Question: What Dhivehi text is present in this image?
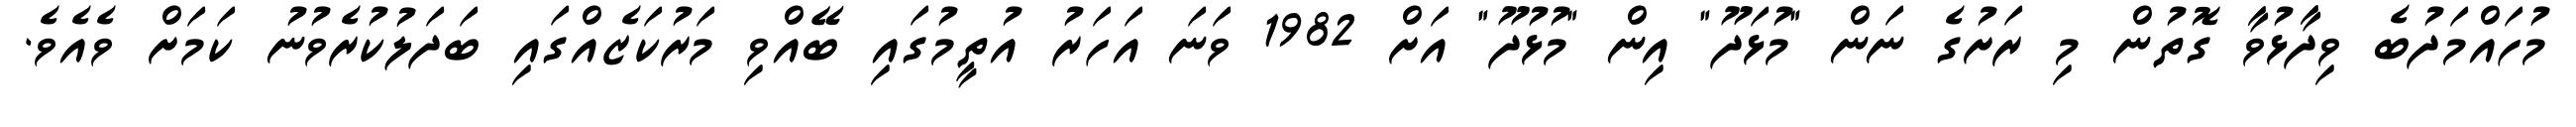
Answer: މުހައްމަދުބެ ވިދާޅުވާ ގޮތުން މި ރަށުގެ ނަން "މުޅަދޫ" އިން "މުޅުދޫ" އަށް 1982 ވަނަ އަހަރު އުތީމުގައި ބޭއްވި މަރުކަޒެއްގައި ބަދަލުކުރެވުނު ކަމަށް ވެއެވެ.